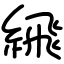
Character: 𦂹